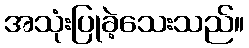
အသုံးပြုခဲ့သေးသည်။